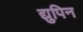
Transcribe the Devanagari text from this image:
द्युपिन